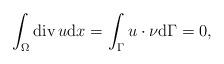
LaTeX: \begin{align*}\int_{\Omega} \mathrm{div}\, u \mathrm{d}x = \int_{\Gamma} u \cdot \nu \mathrm{d}\Gamma = 0, \end{align*}